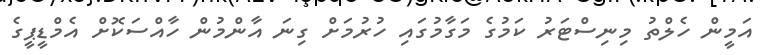
އަމީން ހެލްތު މިނިސްޓަރު ކަމުގެ މަގާމުގައި ހުރުމަށް ގިނަ އާންމުން ހާއްސަކޮށް އެމްޑީޕީގެ